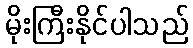
မိုးကြီးနိုင်ပါသည်